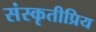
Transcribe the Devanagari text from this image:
संस्कृतीप्रिय